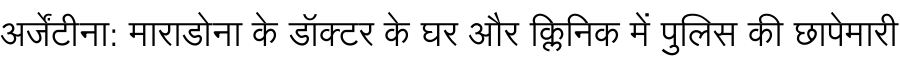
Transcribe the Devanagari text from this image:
अर्जेंटीना: माराडोना के डॉक्टर के घर और क्लिनिक में पुलिस की छापेमारी